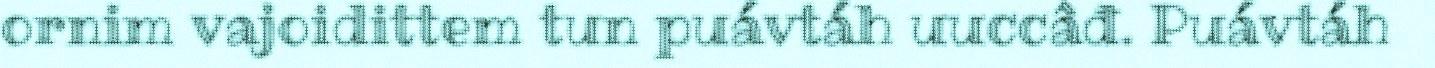
ornim vajoidittem tun puávtáh uuccâđ. Puávtáh